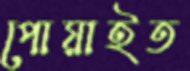
পোয়াইত